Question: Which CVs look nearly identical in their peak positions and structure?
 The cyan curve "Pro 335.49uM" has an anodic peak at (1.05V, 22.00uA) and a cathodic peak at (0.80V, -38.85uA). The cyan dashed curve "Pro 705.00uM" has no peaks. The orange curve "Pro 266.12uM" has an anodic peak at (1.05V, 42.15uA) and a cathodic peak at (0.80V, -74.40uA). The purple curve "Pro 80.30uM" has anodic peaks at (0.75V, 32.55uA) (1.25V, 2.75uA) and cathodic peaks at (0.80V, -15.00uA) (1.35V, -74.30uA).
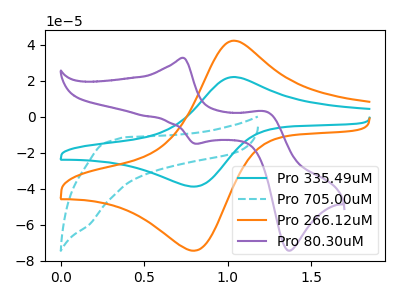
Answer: <think>"Pro 335.49uM" and "Pro 705.00uM" have a different number of peaks. All the peaks in "Pro 335.49uM" have a peak in "Pro 266.12uM" at the same potential. Every peak in "Pro 335.49uM" is lower than every peak in "Pro 266.12uM". "Pro 335.49uM" and "Pro 80.30uM" have a different number of peaks. "Pro 705.00uM" and "Pro 266.12uM" have a different number of peaks. "Pro 705.00uM" and "Pro 80.30uM" have a different number of peaks. "Pro 266.12uM" and "Pro 80.30uM" have a different number of peaks.
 </think>
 <answer>"Pro 266.12uM" and "Pro 335.49uM" have the same shape and are likely CV's of the same chemical.</answer>
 <eval>"Pro 266.12uM" "Pro 335.49uM"</eval>